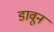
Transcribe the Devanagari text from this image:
डावून